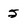
Character: 5